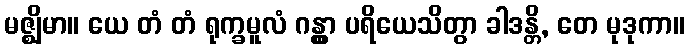
မဇ္ဈိမာ။ ယေ တံ တံ ရုက္ခမူလံ ဂန္တွာ ပရိယေသိတွာ ခါဒန္တိ, တေ မုဒုကာ။